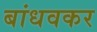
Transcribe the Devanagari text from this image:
बांधवकर